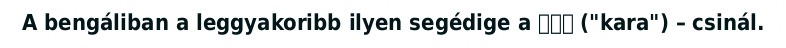
A bengáliban a leggyakoribb ilyen segédige a করা ("kara") – csinál.